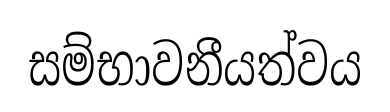
සම්භාවනීයත්වය